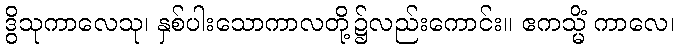
ဒွိသုကာလေသု၊ နှစ်ပါးသောကာလတို့၌လည်းကောင်း။ ဧကသ္မိံ ကာလေ၊